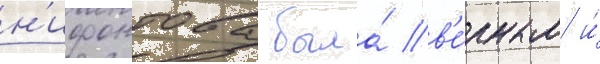
н'ифонтова была́ в'е́рным и́